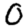
Digit: 0